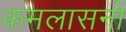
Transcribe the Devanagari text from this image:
कमलासनों